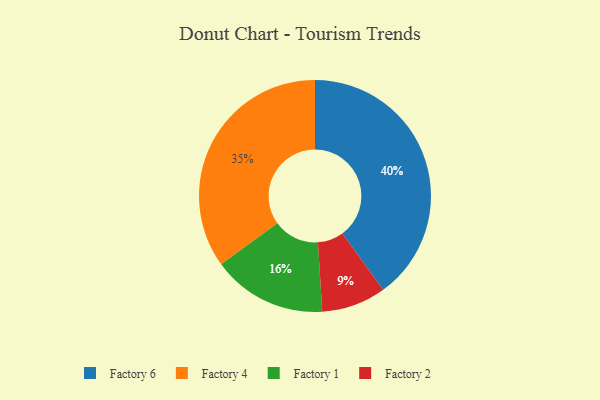
{"axis": {"x": "Category", "y": "Percentage"}, "legend": ["Factory 1", "Factory 2", "Factory 4", "Factory 6"], "data": [{"x": "Factory 6", "y": 40, "type": "Factory 6"}, {"x": "Factory 4", "y": 35, "type": "Factory 4"}, {"x": "Factory 1", "y": 16, "type": "Factory 1"}, {"x": "Factory 2", "y": 9, "type": "Factory 2"}]}